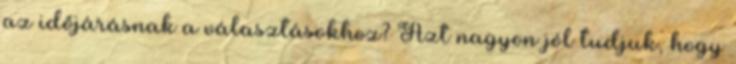
az időjárásnak a választásokhoz? Azt nagyon jól tudjuk, hogy